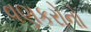
વણકરોનો